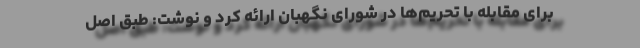
برای مقابله با تحریم‌ها در شورای نگهبان ارائه کرد و نوشت: طبق اصل